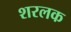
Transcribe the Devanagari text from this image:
शरलक